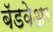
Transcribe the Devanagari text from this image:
बॅडवेअर